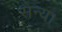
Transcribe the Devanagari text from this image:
सैन्य।